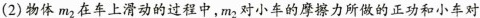
(2)物体m_{2}在车上滑动的过程中，m2对小车的摩擦力所做的正功和小车对